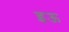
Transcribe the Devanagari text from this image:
इऊ